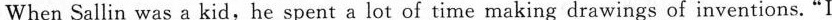
When Sallin was a kid,he spent a lot of time making drawings of inventions."I